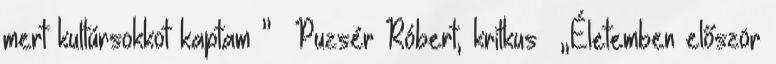
mert kultúrsokkot kaptam ” Puzsér Róbert, kritkus „Életemben először